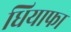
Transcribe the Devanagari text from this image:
धियाफा